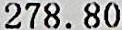
278.80